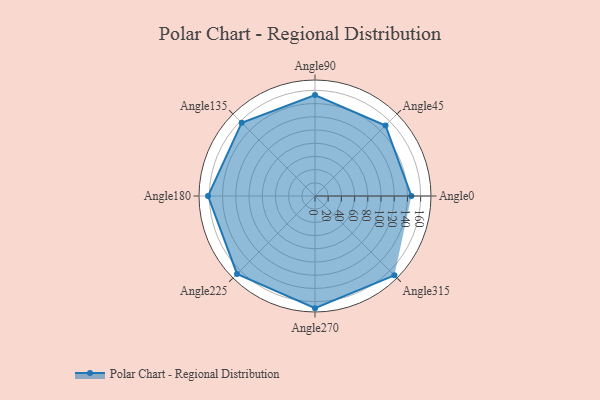
{"axis": {"x": "Angle", "y": "Radius"}, "legend": [""], "data": [{"x": "Angle0", "y": 146.0, "type": ""}, {"x": "Angle45", "y": 151.0, "type": ""}, {"x": "Angle90", "y": 153.0, "type": ""}, {"x": "Angle135", "y": 157.0, "type": ""}, {"x": "Angle180", "y": 162.0, "type": ""}, {"x": "Angle225", "y": 167.0, "type": ""}, {"x": "Angle270", "y": 170, "type": ""}, {"x": "Angle315", "y": 170, "type": ""}]}